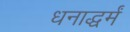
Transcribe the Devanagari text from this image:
धनाद्धर्मं